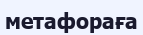
метафораға